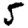
Digit: 5